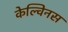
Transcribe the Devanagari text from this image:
केल्विनस